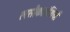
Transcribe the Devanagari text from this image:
लसीकाग्रंथियाँ